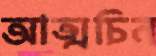
আত্মচিন